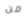
من